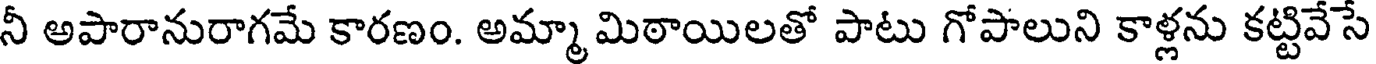
నీ అపారానురాగమే కారణం. అమ్మా మిఠాయిలతో పాటు గోపాలుని కాళ్లను కట్టివేసే